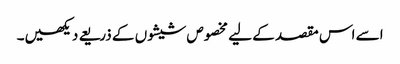
اسے اس مقصد کے لیے مخصوص شیشوں کے ذریعے دیکھیں۔